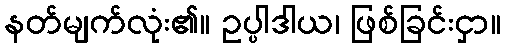
နတ်မျက်လုံး၏။ ဥပ္ပါဒါယ၊ ဖြစ်ခြင်းငှာ။